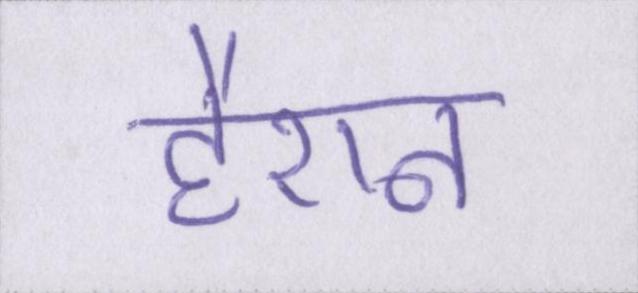
हैरान